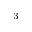
^ 3